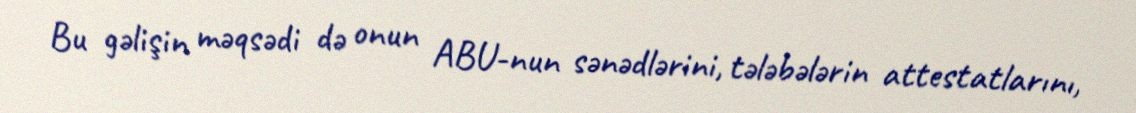
Bu gəlişin məqsədi də onun ABU-nun sənədlərini, tələbələrin attestatlarını,